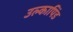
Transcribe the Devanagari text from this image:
उल्‍कापिंड